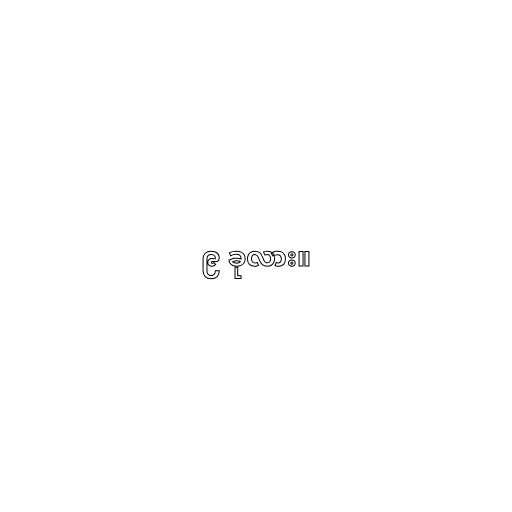
၉ ခုလား။